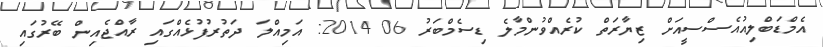
އެމްޑަބްލިއުއެސްސީއަށް ޒިޔާރަތް ކުރެއްވުންމާލެ ޑިސެމްބަރު 06 2014: އަމިއްލަ ދަތުރުފުޅެއްގައި ރާއްޖެއިން ބޭރުގައި